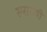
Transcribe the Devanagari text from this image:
सरग़ोषी